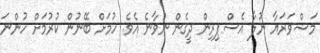
މަޝްވަރަޔާ ނުލާ އެސްޕިރިން ދީގެން ނުވާނެ އެވެ. ހުމަށް ބޭނުން ކުރުމަށް ހުންނަ